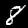
Label: 8